Vaccination in Burma 1912-1922 - 1912-1922
Year: 1912
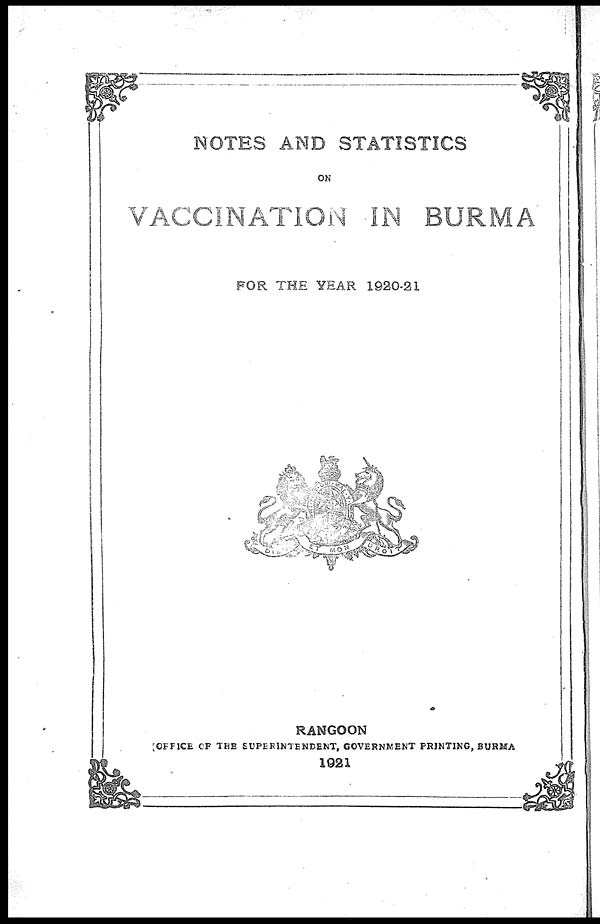
NOTES AND STATISTICS
ON
VACCINATION IN BURMA
FOR THE YEAR 1920-21
RANGOON
OFFICE OF THE SUPERINTENDENT, GOVERNMENT PRINTING, BURMA
1921